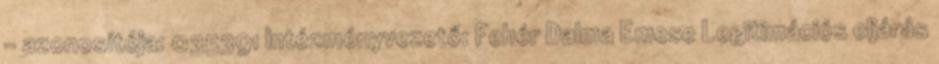
- azonosítója: 035391 Intézményvezető: Fehér Dalma Emese Legitimációs eljárás